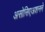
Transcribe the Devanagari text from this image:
असोसिएअशनने